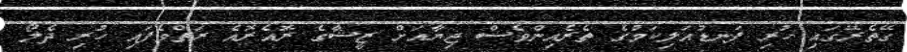
ގޭތެރޭގައި ހުރި ފަނޑުއަލިކަމުގެ ތެރެއިންވެސް ޖިޔާއަށް ޒީޝާގެ ރޮއެރޮއެ ރަތްވެފައި ހުރި ދެލޯ